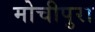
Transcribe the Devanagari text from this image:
मोचीपुरा